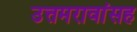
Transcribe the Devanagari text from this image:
उत्तमरावांसह